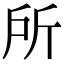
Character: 所